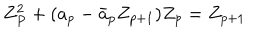
LaTeX: Z _ { P } ^ { 2 } + ( a _ { p } - \bar { a } _ { p } Z _ { p + 1 } ) Z _ { p } = Z _ { p + 1 }